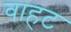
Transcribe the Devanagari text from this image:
वाहट